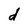
Character: d